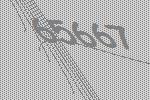
65667